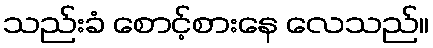
သည်းခံ စောင့်စားနေ လေသည်။